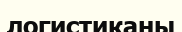
логистиканы